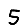
Digit: 5